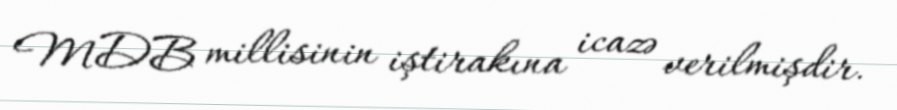
MDB millisinin iştirakına icazə verilmişdir.